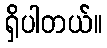
ရှိပါတယ်။